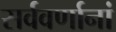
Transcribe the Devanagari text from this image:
सर्ववर्णानां